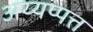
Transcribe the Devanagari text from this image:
अय्यप्पत्त